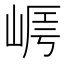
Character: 𡹻